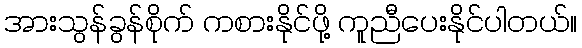
အားသွန်ခွန်စိုက် ကစားနိုင်ဖို့ ကူညီပေးနိုင်ပါတယ်။